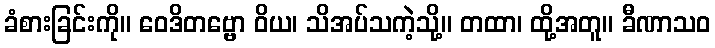
ခံစားခြင်းကို။ ဝေဒိတဗ္ဗော ဝိယ၊ သိအပ်သကဲ့သို့။ တထာ၊ ထို့အတူ။ ခီဏာသဝ